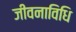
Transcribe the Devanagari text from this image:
जीवनाविधि